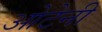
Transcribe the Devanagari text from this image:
ओटेनी